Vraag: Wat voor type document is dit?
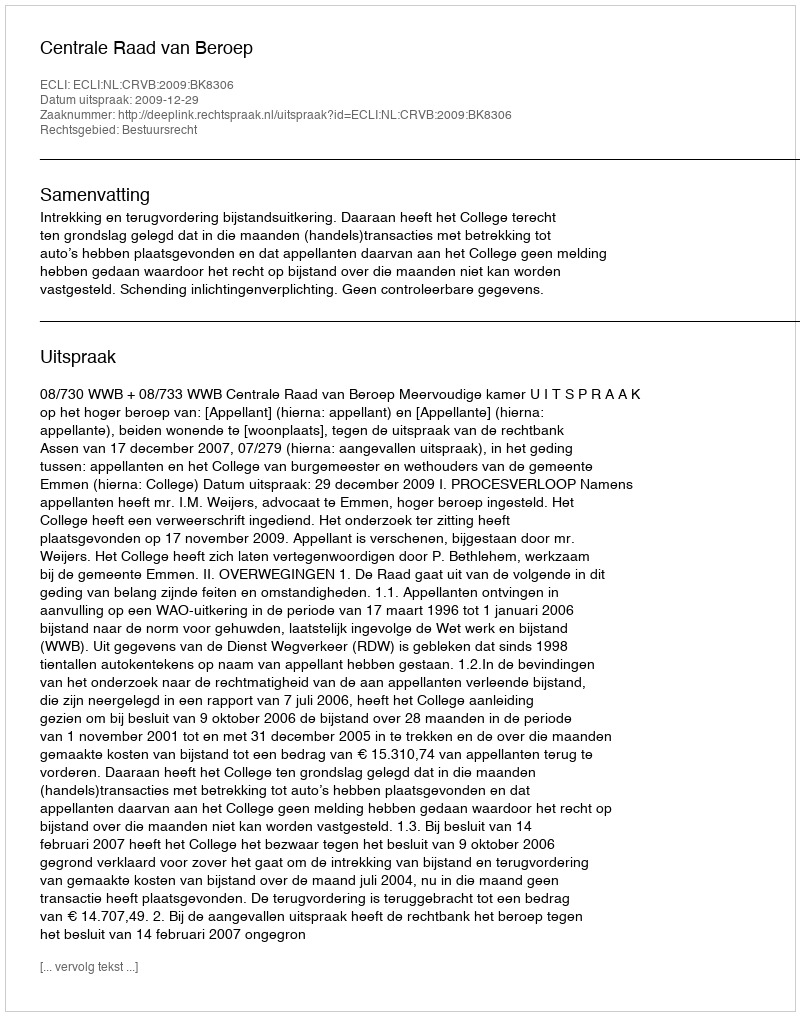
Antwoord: Uitspraak